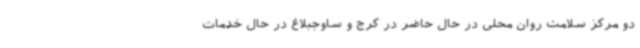
دو مرکز سلامت روان محلی در حال حاضر در کرج و ساوجبلاغ در حال خدمات